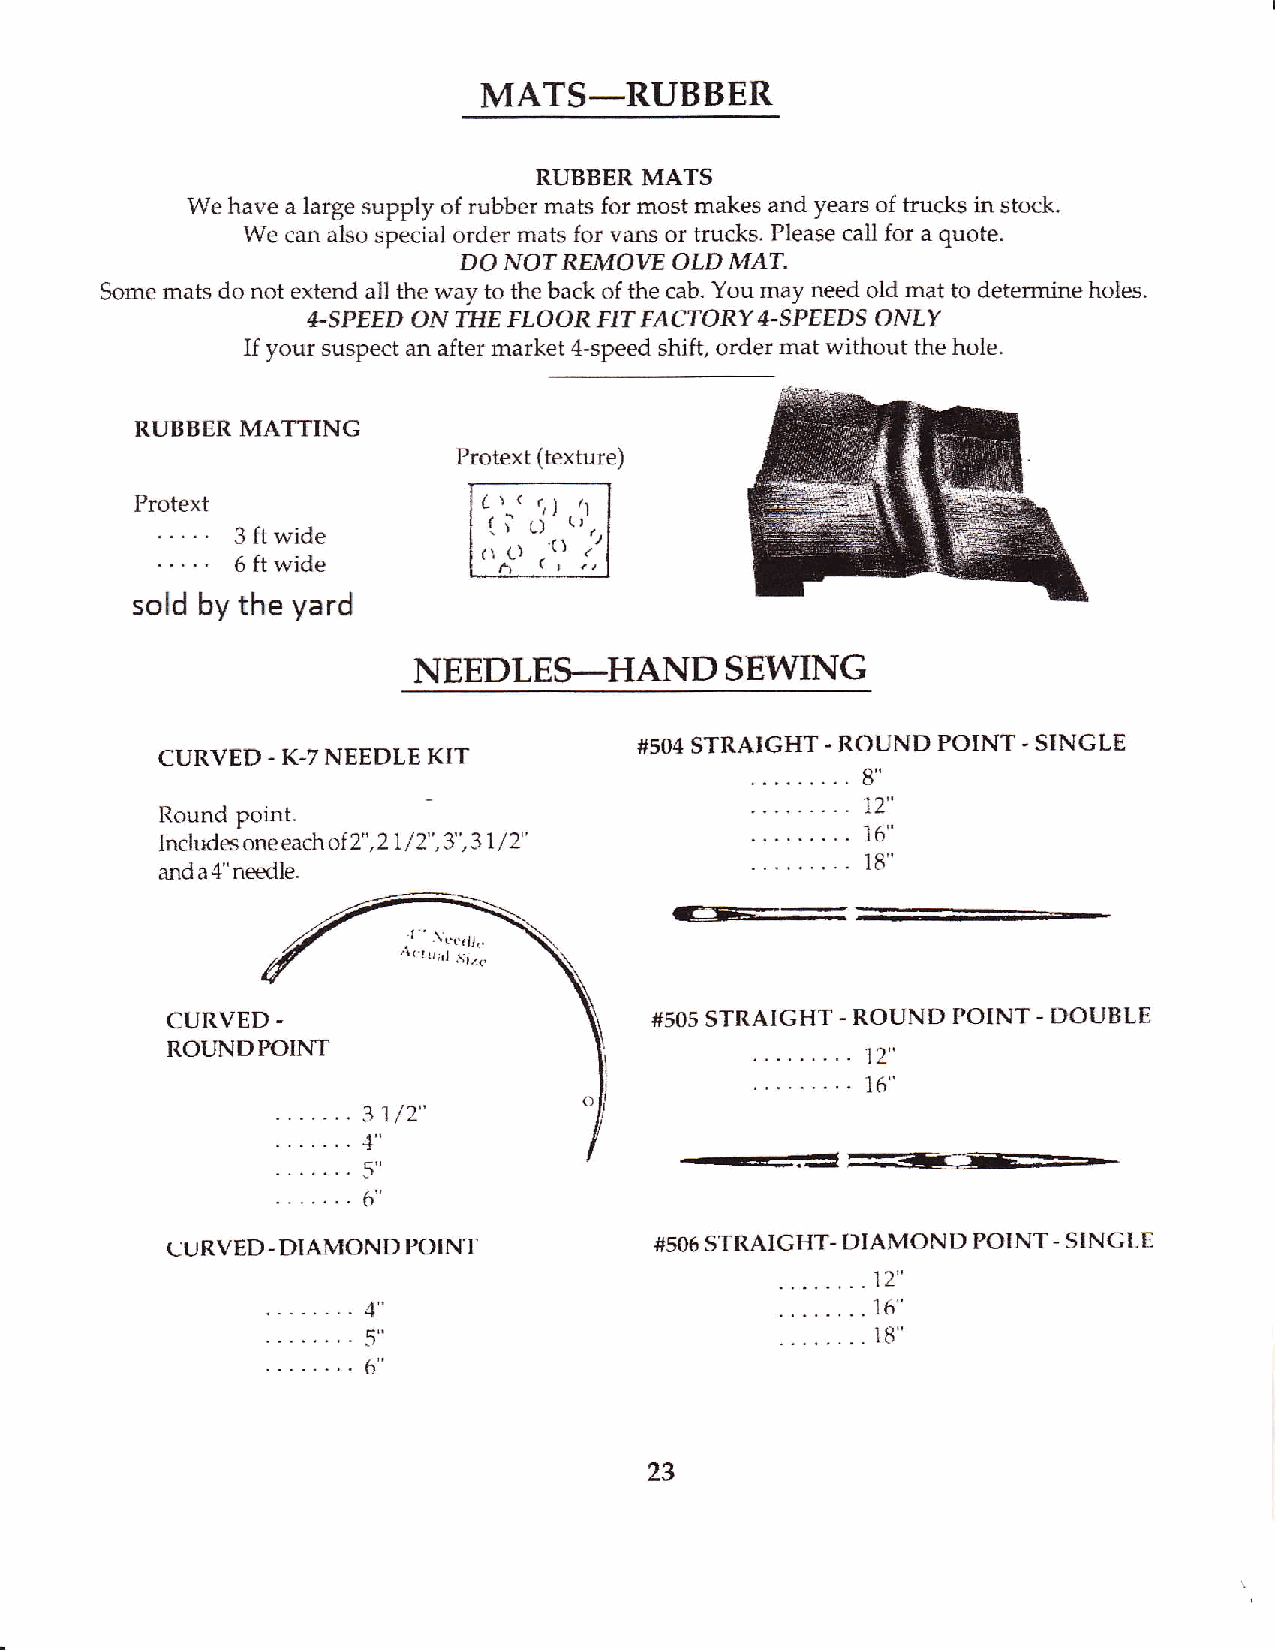
MATS_RUBBER
 RUBBER MATS
 We have a large supply of rubber mats for most makes and years of trucks in stock.
 We can also special order mats for vars or trucks. Please call for a quote.
 DONOTREMOWOLDMAT.
 Some mats do not extend all the way to the back of the cab. You may need o1d mat to determine holes.
 II-SPEED ON IIJE FLOOR FIT FACTORY 4-SPEEDS ONLY
 If your suspect an afier market 4-speed shift, order mat without the hole.
 RUBBER MATTING
 Proiext (texture)
 Protext
 ..'..
 3ftwide
 ....'
 6ftwide
 sold by the yard
 NEEDLES_HAND         SEWING
 CURVED. K.7 NEEDLE KIT         #5O1 STRAIGHT. ROUND POINT - SINGLE
 Round point.                                  1,2"
 Includes one each ol2" ,21' / 2" ,3' ,31 /2"  16"
 t6
 and a 4" needle.
 CURVED -                        #505 STRAIGHT - ROUND POINT. DOUBLE
 ROLNDrcINT
 1.'||
 .... .....
 16"
 CURVED-DIAMONDPOINT             #50-5# S-T:-R-A*IGHT- T}IAMOND POINT. STNG!,[
 17"
 16"
 :)                                18"
 6'
 23